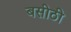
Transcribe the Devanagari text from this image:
बसीठी